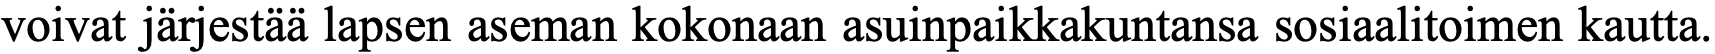
voivat järjestää lapsen aseman kokonaan asuinpaikkakuntansa sosiaalitoimen kautta.